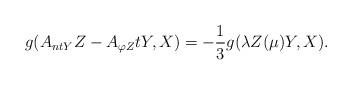
\begin{align*} g(A_{ntY}Z-A_{\varphi Z}tY,X)=-\frac{1}{3}g(\lambda Z(\mu)Y,X).\end{align*}